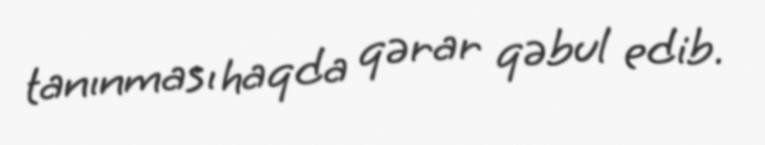
tanınması haqda qərar qəbul edib.